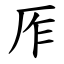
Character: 厏